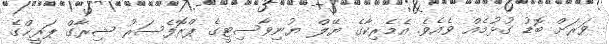
ވަރަށް ބޮޑު ގުޅުމެއް ވެއެވެ. އެމެރިކާގެ ޔޭލް ޔުނިވާސިޓީގެ ޕްރޮފެސަރު ޝިރާގް ޕަރީޚްގެ